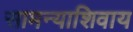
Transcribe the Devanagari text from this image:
सामन्याशिवाय